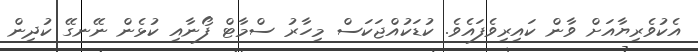
އެކުވެރިޔާއަށް ވާން ކައިރިވެފައެވެެ. ކުޑަކުއްޖަކަސް މިހާރު ސްމާޓް ފޯނާއި ކުޅެން ނޭނގޭ ކުދިން